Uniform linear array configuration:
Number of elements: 8
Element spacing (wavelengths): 1
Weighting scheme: kaiser
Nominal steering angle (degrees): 0
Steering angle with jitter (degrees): -1.503
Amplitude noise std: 0.05
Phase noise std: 0.05

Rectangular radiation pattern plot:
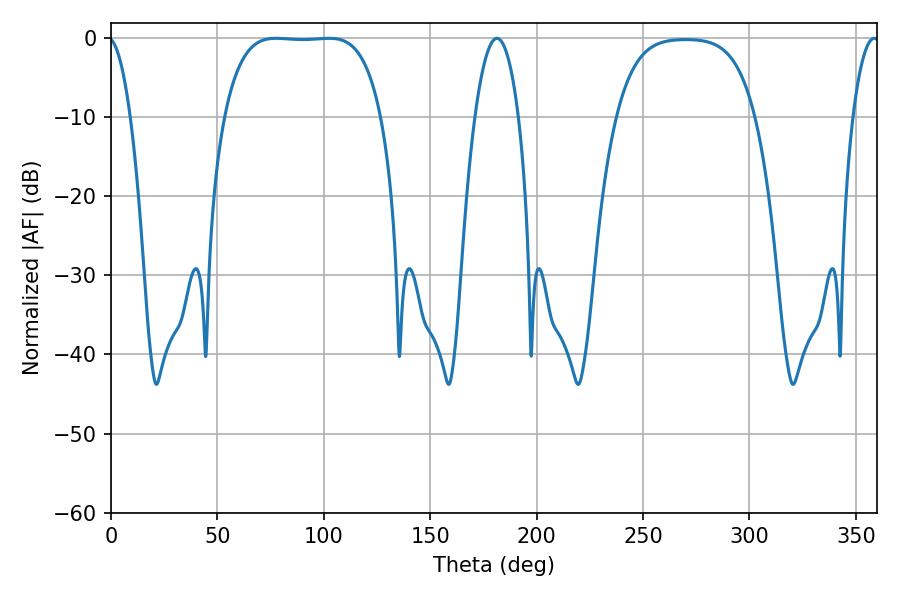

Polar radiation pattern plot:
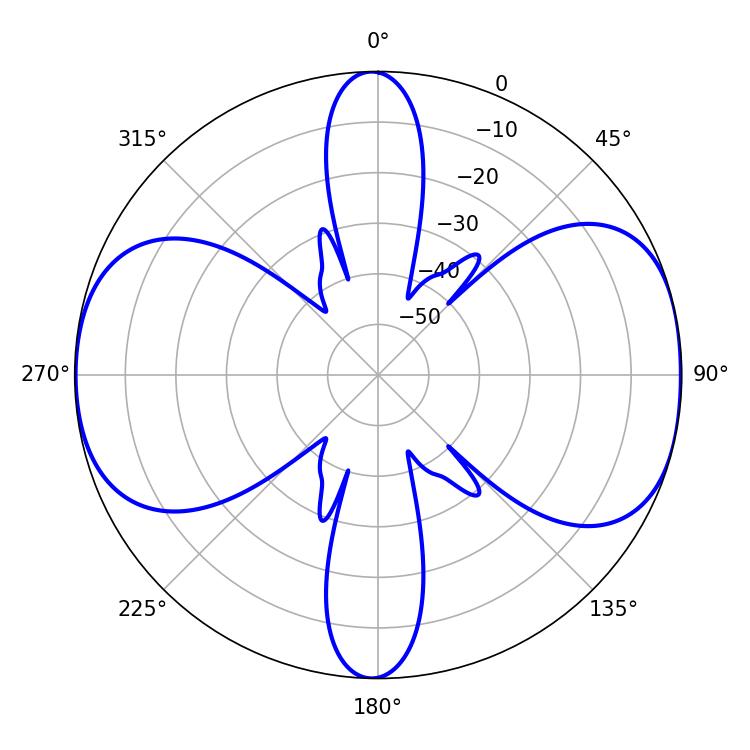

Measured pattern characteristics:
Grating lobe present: TRUE
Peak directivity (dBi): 10.078
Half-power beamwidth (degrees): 57.24
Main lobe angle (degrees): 77.58